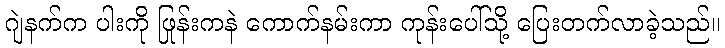
ဂျဲနက်က ပါးကို ဖြုန်းကနဲ ကောက်နမ်းကာ ကုန်းပေါ်သို့ ပြေးတက်လာခဲ့သည်။